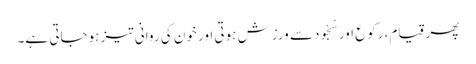
پھر قیام، رکوع اور سْجْودسے ورزش ہوتی اور خون کی روانی تیز ہوجاتی ہے۔